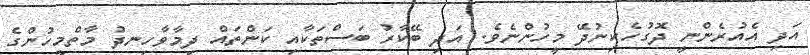
އަދި އެއުރެންނީ ދޮގުހެކިނުދޭ މީހުންނެވެ. އަދި ބޭކާރު ބަސްތަކާއި ކަންތައް ދިމާވާހިނދު މާތްމީހުންގެ